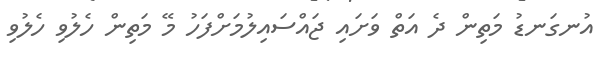
އުނގަނޑު މަތިން ދެ އަތް ވަށައި ޖައްސައިލުމަށްފަހު މޭ މަތިން ހެލުވި ހެލުވި